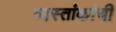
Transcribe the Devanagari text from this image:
व्यस्तांकांची